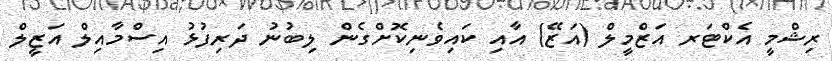
ރިޝްމީ އެކްޓަރ އަޒްމީލް (އަޒޭ) އާއި ކައިވެނިކޮށްގެން ލިބުނު ދަރިފުޅު އިސްމާއިލް އަޒީލް